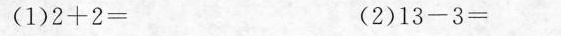
(1)$$2 + 2 =$$ (2)$$1 3 - 3 =$$